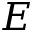
E